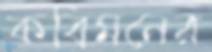
কবিমনের